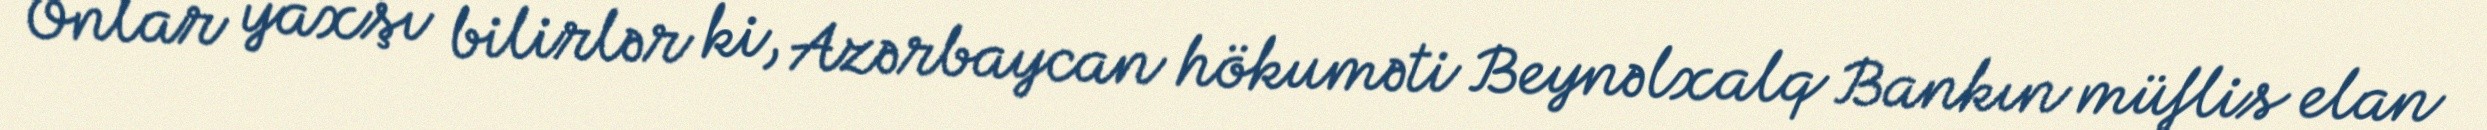
Onlar yaxşı bilirlər ki, Azərbaycan hökuməti Beynəlxalq Bankın müflis elan